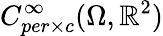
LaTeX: C_{per\times c}^{\infty}(\Omega,\mathbb{R}^{2})